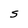
Character: S